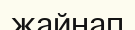
жайнап